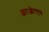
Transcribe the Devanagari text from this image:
आरओरएस